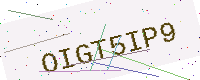
Text: OIGT5IP9